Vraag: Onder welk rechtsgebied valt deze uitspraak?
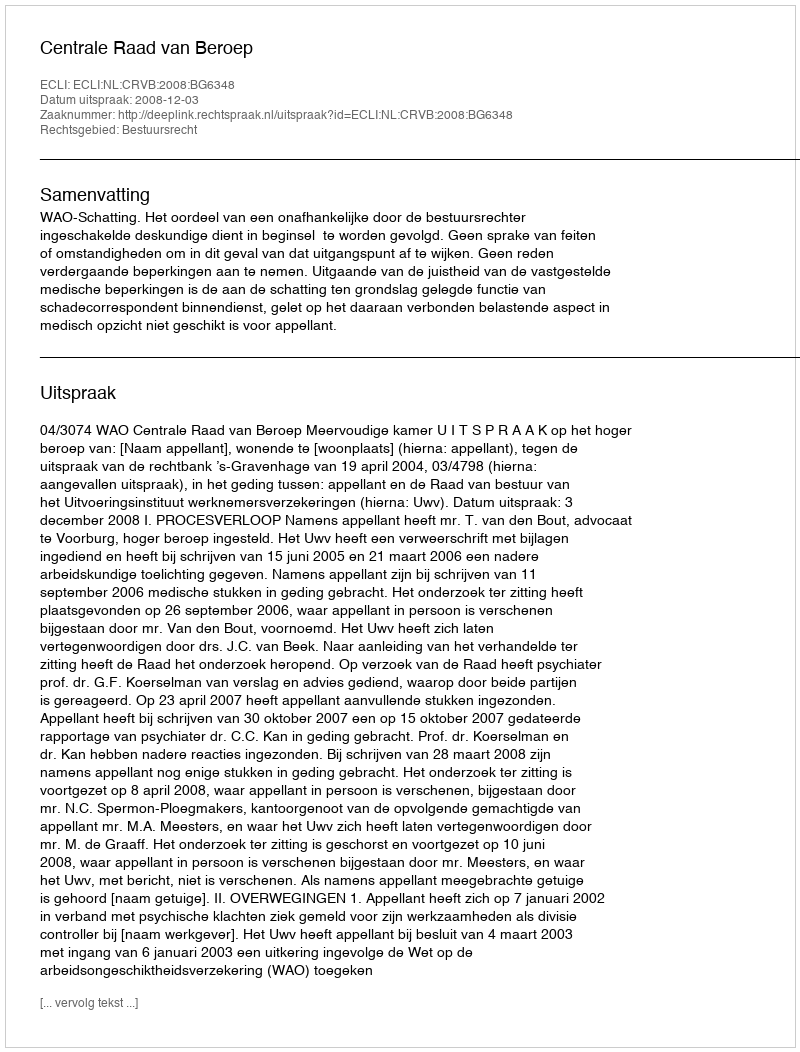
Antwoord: Bestuursrecht